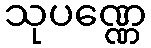
သုပဏ္ဏေ